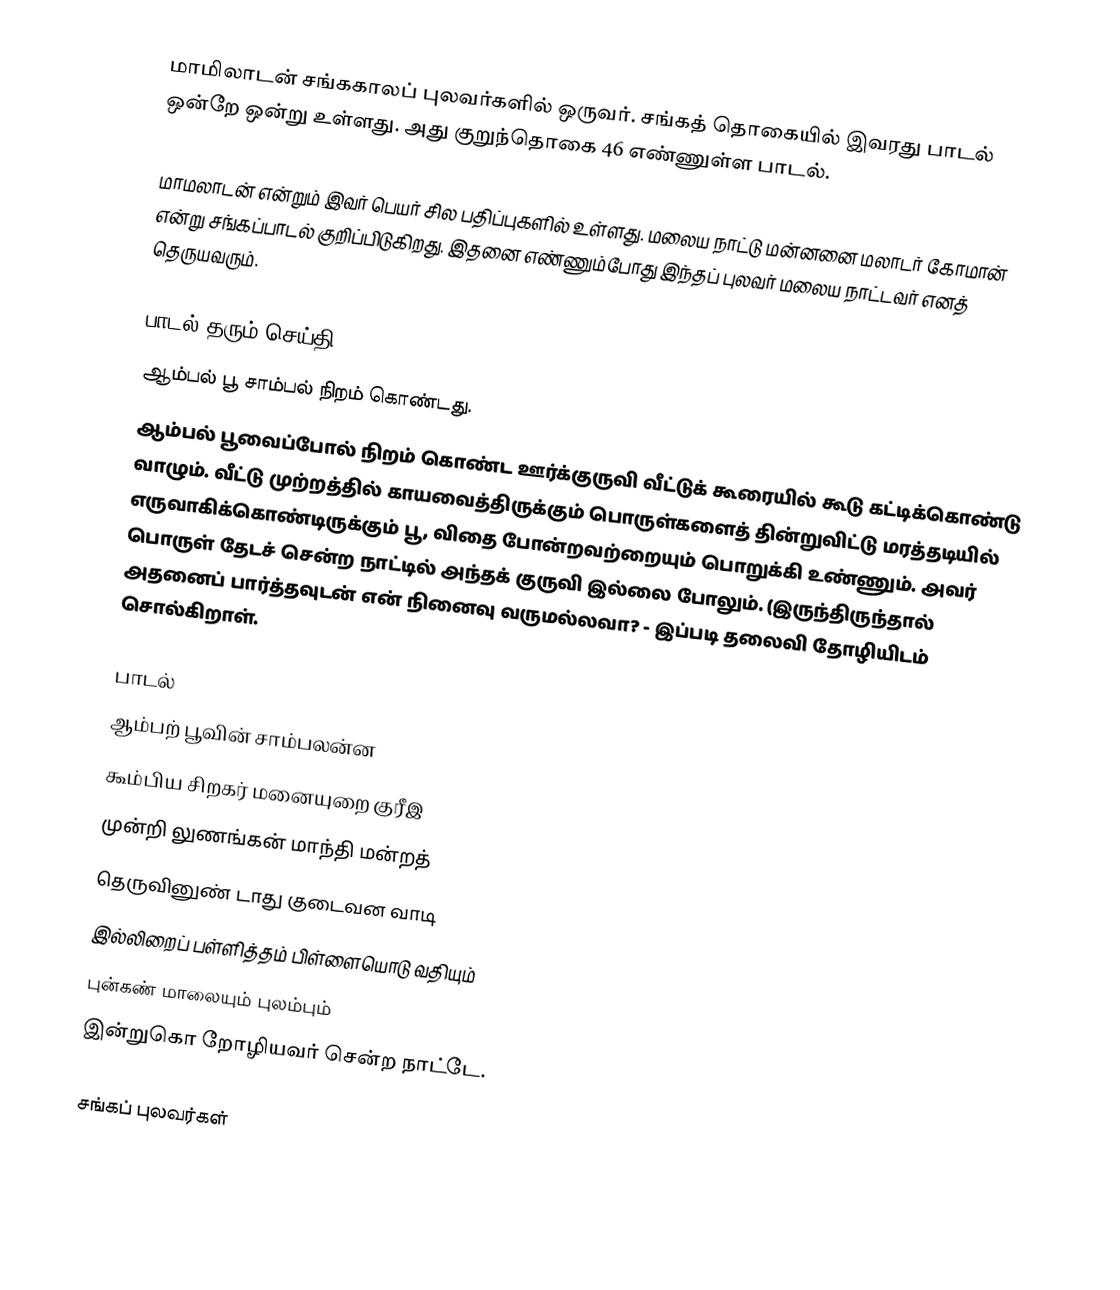
மாமிலாடன் சங்ககாலப் புலவர்களில் ஒருவர். சங்கத் தொகையில் இவரது பாடல் ஒன்றே ஒன்று உள்ளது. அது குறுந்தொகை 46 எண்ணுள்ள பாடல்.

மாமலாடன் என்றும் இவர் பெயர் சில பதிப்புகளில் உள்ளது. மலைய நாட்டு மன்னனை மலாடர் கோமான் என்று சங்கப்பாடல் குறிப்பிடுகிறது. இதனை எண்ணும்போது இந்தப் புலவர் மலைய நாட்டவர் எனத் தெருயவரும்.

பாடல் தரும் செய்தி
 ஆம்பல் பூ சாம்பல் நிறம் கொண்டது.
ஆம்பல் பூவைப்போல் நிறம் கொண்ட ஊர்க்குருவி வீட்டுக் கூரையில் கூடு கட்டிக்கொண்டு வாழும். வீட்டு முற்றத்தில் காயவைத்திருக்கும் பொருள்களைத் தின்றுவிட்டு மரத்தடியில் எருவாகிக்கொண்டிருக்கும் பூ, விதை போன்றவற்றையும் பொறுக்கி உண்ணும். அவர் பொருள் தேடச் சென்ற நாட்டில் அந்தக் குருவி இல்லை போலும். (இருந்திருந்தால் அதனைப் பார்த்தவுடன் என் நினைவு வருமல்லவா? - இப்படி தலைவி தோழியிடம் சொல்கிறாள்.

பாடல்
ஆம்பற் பூவின் சாம்பலன்ன
கூம்பிய சிறகர் மனையுறை குரீஇ
முன்றி லுணங்கன் மாந்தி மன்றத்
தெருவினுண் டாது குடைவன வாடி
இல்லிறைப் பள்ளித்தம் பிள்ளையொடு வதியும்
புன்கண் மாலையும் புலம்பும்
இன்றுகொ றோழியவர் சென்ற நாட்டே.

சங்கப் புலவர்கள்